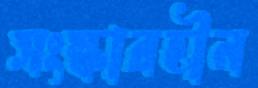
সংস্কারহীন